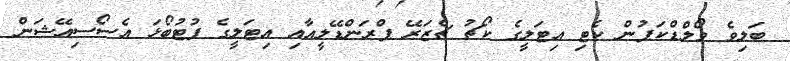
ބަލިވެ ވޯލްޑްކަޕުން ކެޓި އިޓަލީގެ ކޯޗު ޗެޒަރޭ ޕްރަންޑޭލީއާއި އިޓަލީގެ ފުޓުބޯޅަ އެސޯސިއޭޝަން